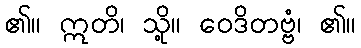
၏။ ဣတိ၊ သို့။ ဝေဒိတဗ္ဗံ၊ ၏။